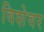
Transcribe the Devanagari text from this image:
विशेवर